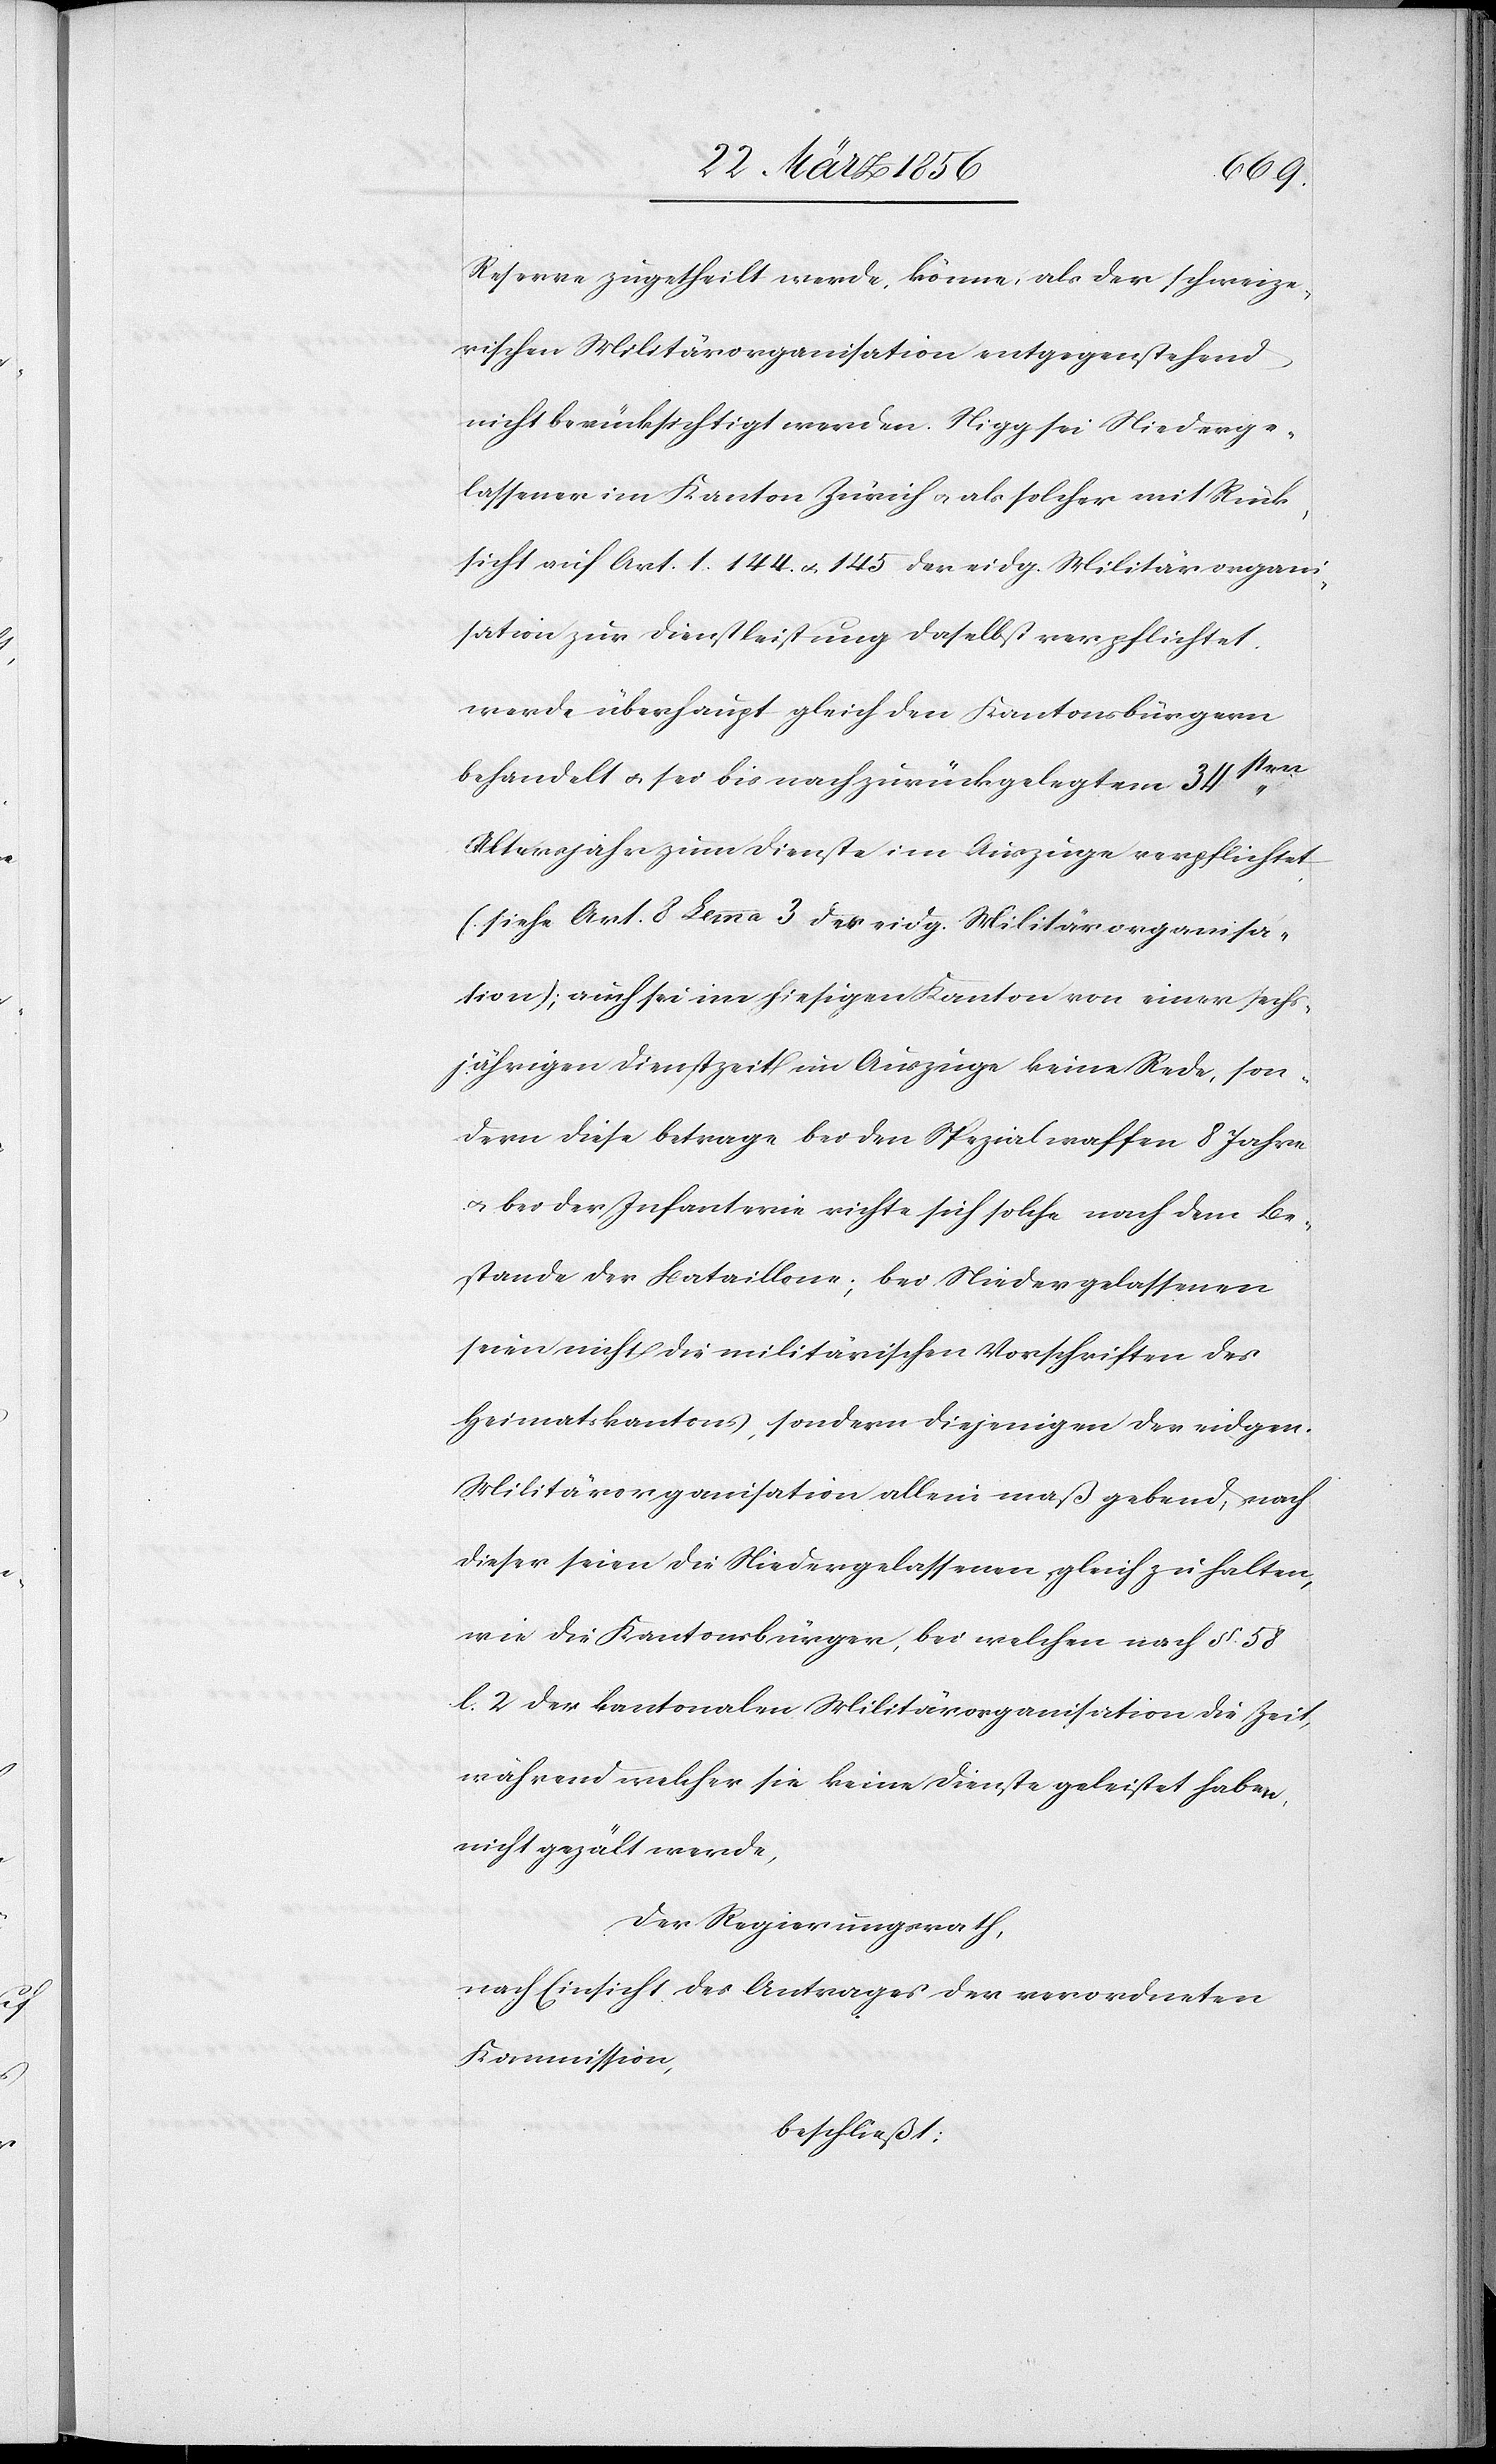
Reserve zugetheilt werde, könne, als der schweize¬
rischen Militärorganisation entgegenstehend
nicht berücksichtigt werden. Nigg sei Niederge¬
lassener im Kanton Zürich u. als solcher mit Rück¬
sicht auf Art. 1. 144. u. 145 der eidg. Militärorgani¬
sation zur Dienstleistung daselbst verpflichtet,
werde überhaupt gleich den Kantonsbürgern
behandelt u. sei bis nach zurückgelegtem 34sten
Altersjahr zum Dienst im Auszuge verpflichtet
(siehe Art. 8 Lemma 3 der eidg. Militärorganisa¬
tion); auch sei im hiesigen Kanton von einer sechs¬
jährigen Dienstzeit im Auszuge keine Rede, son¬
dern diese betrage bei den Spezialwaffen 8 Jahre
u. bei der Infanterie richte sich solche nach dem Be¬
stande der Bataillone; bei Niedergelassenen
seien nicht die militärischen Vorschriften des
Heimatskantons, sondern diejenigen der eidgen.
Militärorganisation allein maßgebend, nach
dieser seien die Niedergelassenen, gleich zu halten,
wie die Kantonsbürger, bei welchen nach § 58
l. 2 der kantonalen Militärorganisation die Zeit,
während welcher sie keine Dienste geleistet haben,
nicht gezält werde,
Der Regierungsrath,
nach Einsicht des Antrages der verordneten
Kommission,
beschließt: